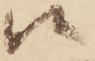
候